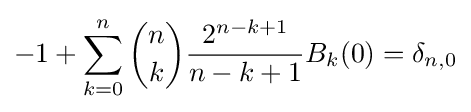
-1+\sum _{k=0}^{n}{\binom {n}{k}}{\frac {2^{n-k+1}}{n-k+1}}B_{k}(0)=\delta _{n,0}